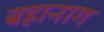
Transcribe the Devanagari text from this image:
बहानाग